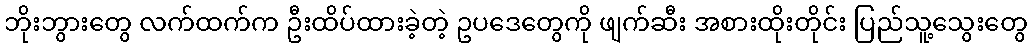
ဘိုးဘွားတွေ လက်ထက်က ဦးထိပ်ထားခဲ့တဲ့ ဥပဒေတွေကို ဖျက်ဆီး အစားထိုးတိုင်း ပြည်သူ့သွေးတွေ